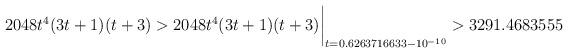
LaTeX: \begin{align*}2048 t^4(3t+1)(t+3) > 2048 t^4(3t+1)(t+3)\biggr\rvert_{t=0.6263716633 - 10^{-10}} > 3291.4683555 \end{align*}